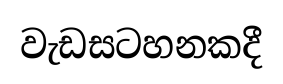
වැඩසටහනකදී